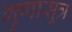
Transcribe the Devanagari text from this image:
गुणासूत्र